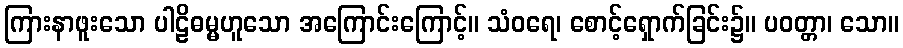
ကြားနာဖူးသော ပါဠိဓမ္မဟူသော အကြောင်းကြောင့်။ သံဝရေ၊ စောင့်ရှောက်ခြင်း၌။ ပဝတ္တာ၊ သော။